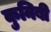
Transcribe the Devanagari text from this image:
कुनिबी